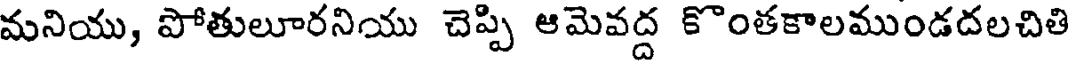
మనియు, పోతులూరనియు చెప్పి ఆమెవద్ద కొంతకాలముండదలచితి